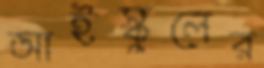
আইস্কুলের